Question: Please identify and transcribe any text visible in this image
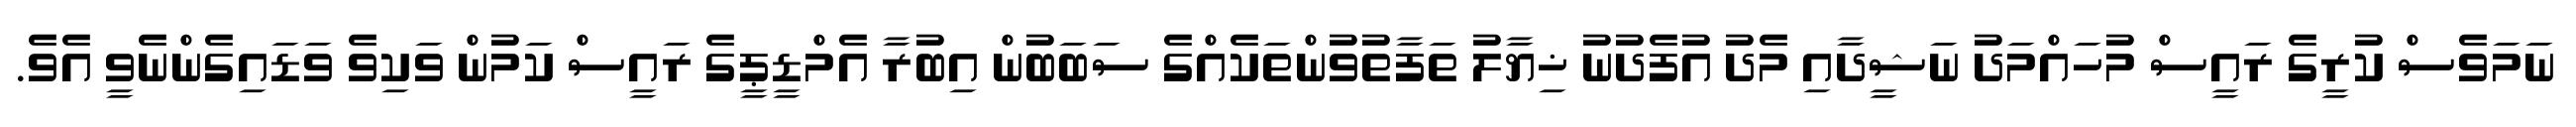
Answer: ނަމަވެސް ކުރީގެ ރައީސް މުހައްމަދު ނަޝީދާއި މެދު އުފެދުނު ޚިޔާލު ތަފާތުވުންތަކެއްގެ ސަބަބުން އިބުރާ އެމްޑީޕީގެ ރައީސް ކަމުން ވަކިވެ ވަޑައިގެންނެވީ އެވެ.